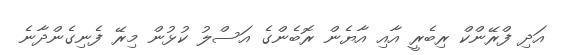
އަދި ފްރޭންކް ރިބެރީ އާއި އާޔެން ރޮބެންގެ އަސްލު ކުޅުން މިރޭ ފެނިގެންދާނެ